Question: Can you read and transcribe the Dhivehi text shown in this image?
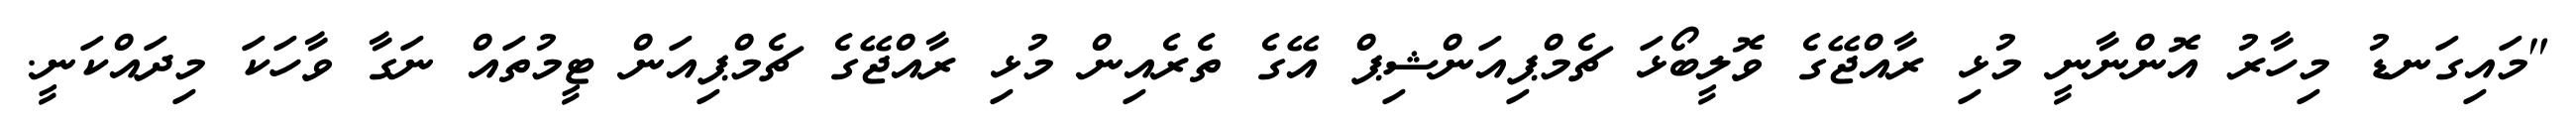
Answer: "މައިގަނޑު މިހާރު އޮންނާނީ މުޅި ރާއްޖޭގެ ވޮލީބޯޅަ ޗެމްޕިއަންޝިޕް އޭގެ ތެރެއިން މުޅި ރާއްޖޭގެ ޗެމްޕިއަން ޓީމުތައް ނަގާ ވާހަކަ މިދައްކަނީ.